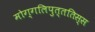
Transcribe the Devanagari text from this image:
मोग्गलिपुत्ततिस्स